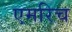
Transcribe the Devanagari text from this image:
एमरिच